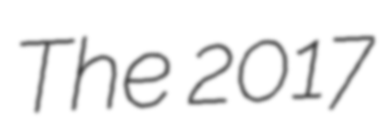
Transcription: The 2017